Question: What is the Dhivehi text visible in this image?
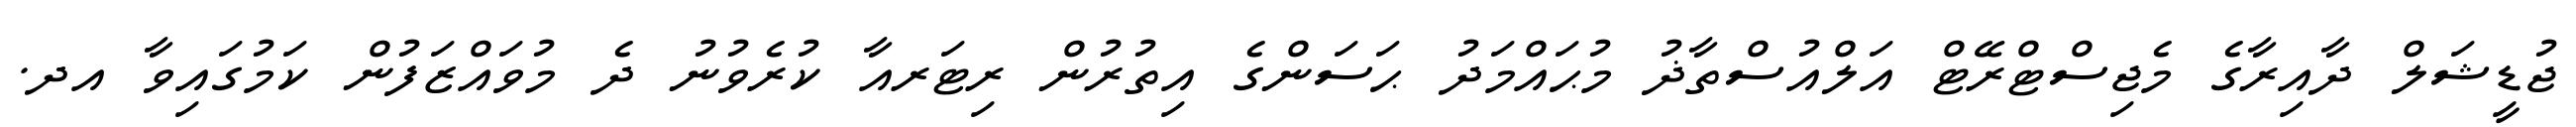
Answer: ޖުޑީޝަލް ދާއިރާގެ މެޖިސްޓްރޭޓް އަލްއުސްތާޛު މުޙައްމަދު ޙަސަންގެ އިތުރުން ރިޓަރއާ ކުރެވުނު ދެ މުވައްޒަފުން ކަމުގައިވާ އދ.